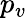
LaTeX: p_{v}